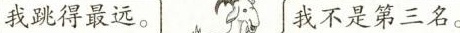
我跳得最远。 我不是第三名。